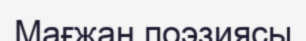
Мағжан поэзиясы